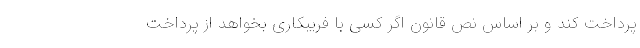
پرداخت کند و بر اساس نصّ قانون اگر کسی با فریبکاری بخواهد از پرداخت